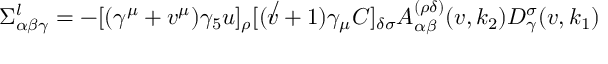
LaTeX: \Sigma _ { \alpha \beta \gamma } ^ { l } = - [ ( \gamma ^ { \mu } + v ^ { \mu } ) \gamma _ { 5 } u ] _ { \rho } [ ( \not v + 1 ) \gamma _ { \mu } C ] _ { \delta \sigma } A _ { \alpha \beta } ^ { ( \rho \delta ) } ( v , k _ { 2 } ) D _ { \gamma } ^ { \sigma } ( v , k _ { 1 } )